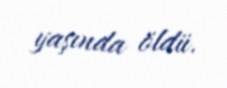
yaşında öldü.